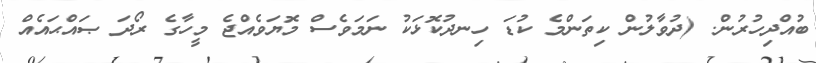
ބުއްދިހުރުން. (ދުވާލުން ކިތަންމެ ކުޑަ ހިނދުކޮޅަކު ނަމަވެސް މޮޔަވެއްޖެ މީހާގެ ރޯދަ ޞައްޙައެއް